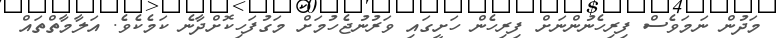
މަދުން ނަމަވެސް ފިރިހެނުންނަށް ފިރިހެން ހަށީގައި ވަރުނުޖެހުމަށް މަގުފަހިކޮށްދާނެ ކަމެކެވެ. އަލާމާތްތައް